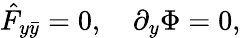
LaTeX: \hat{F}_{y\bar{y}}=0,~~~~\partial_{y}\Phi=0,